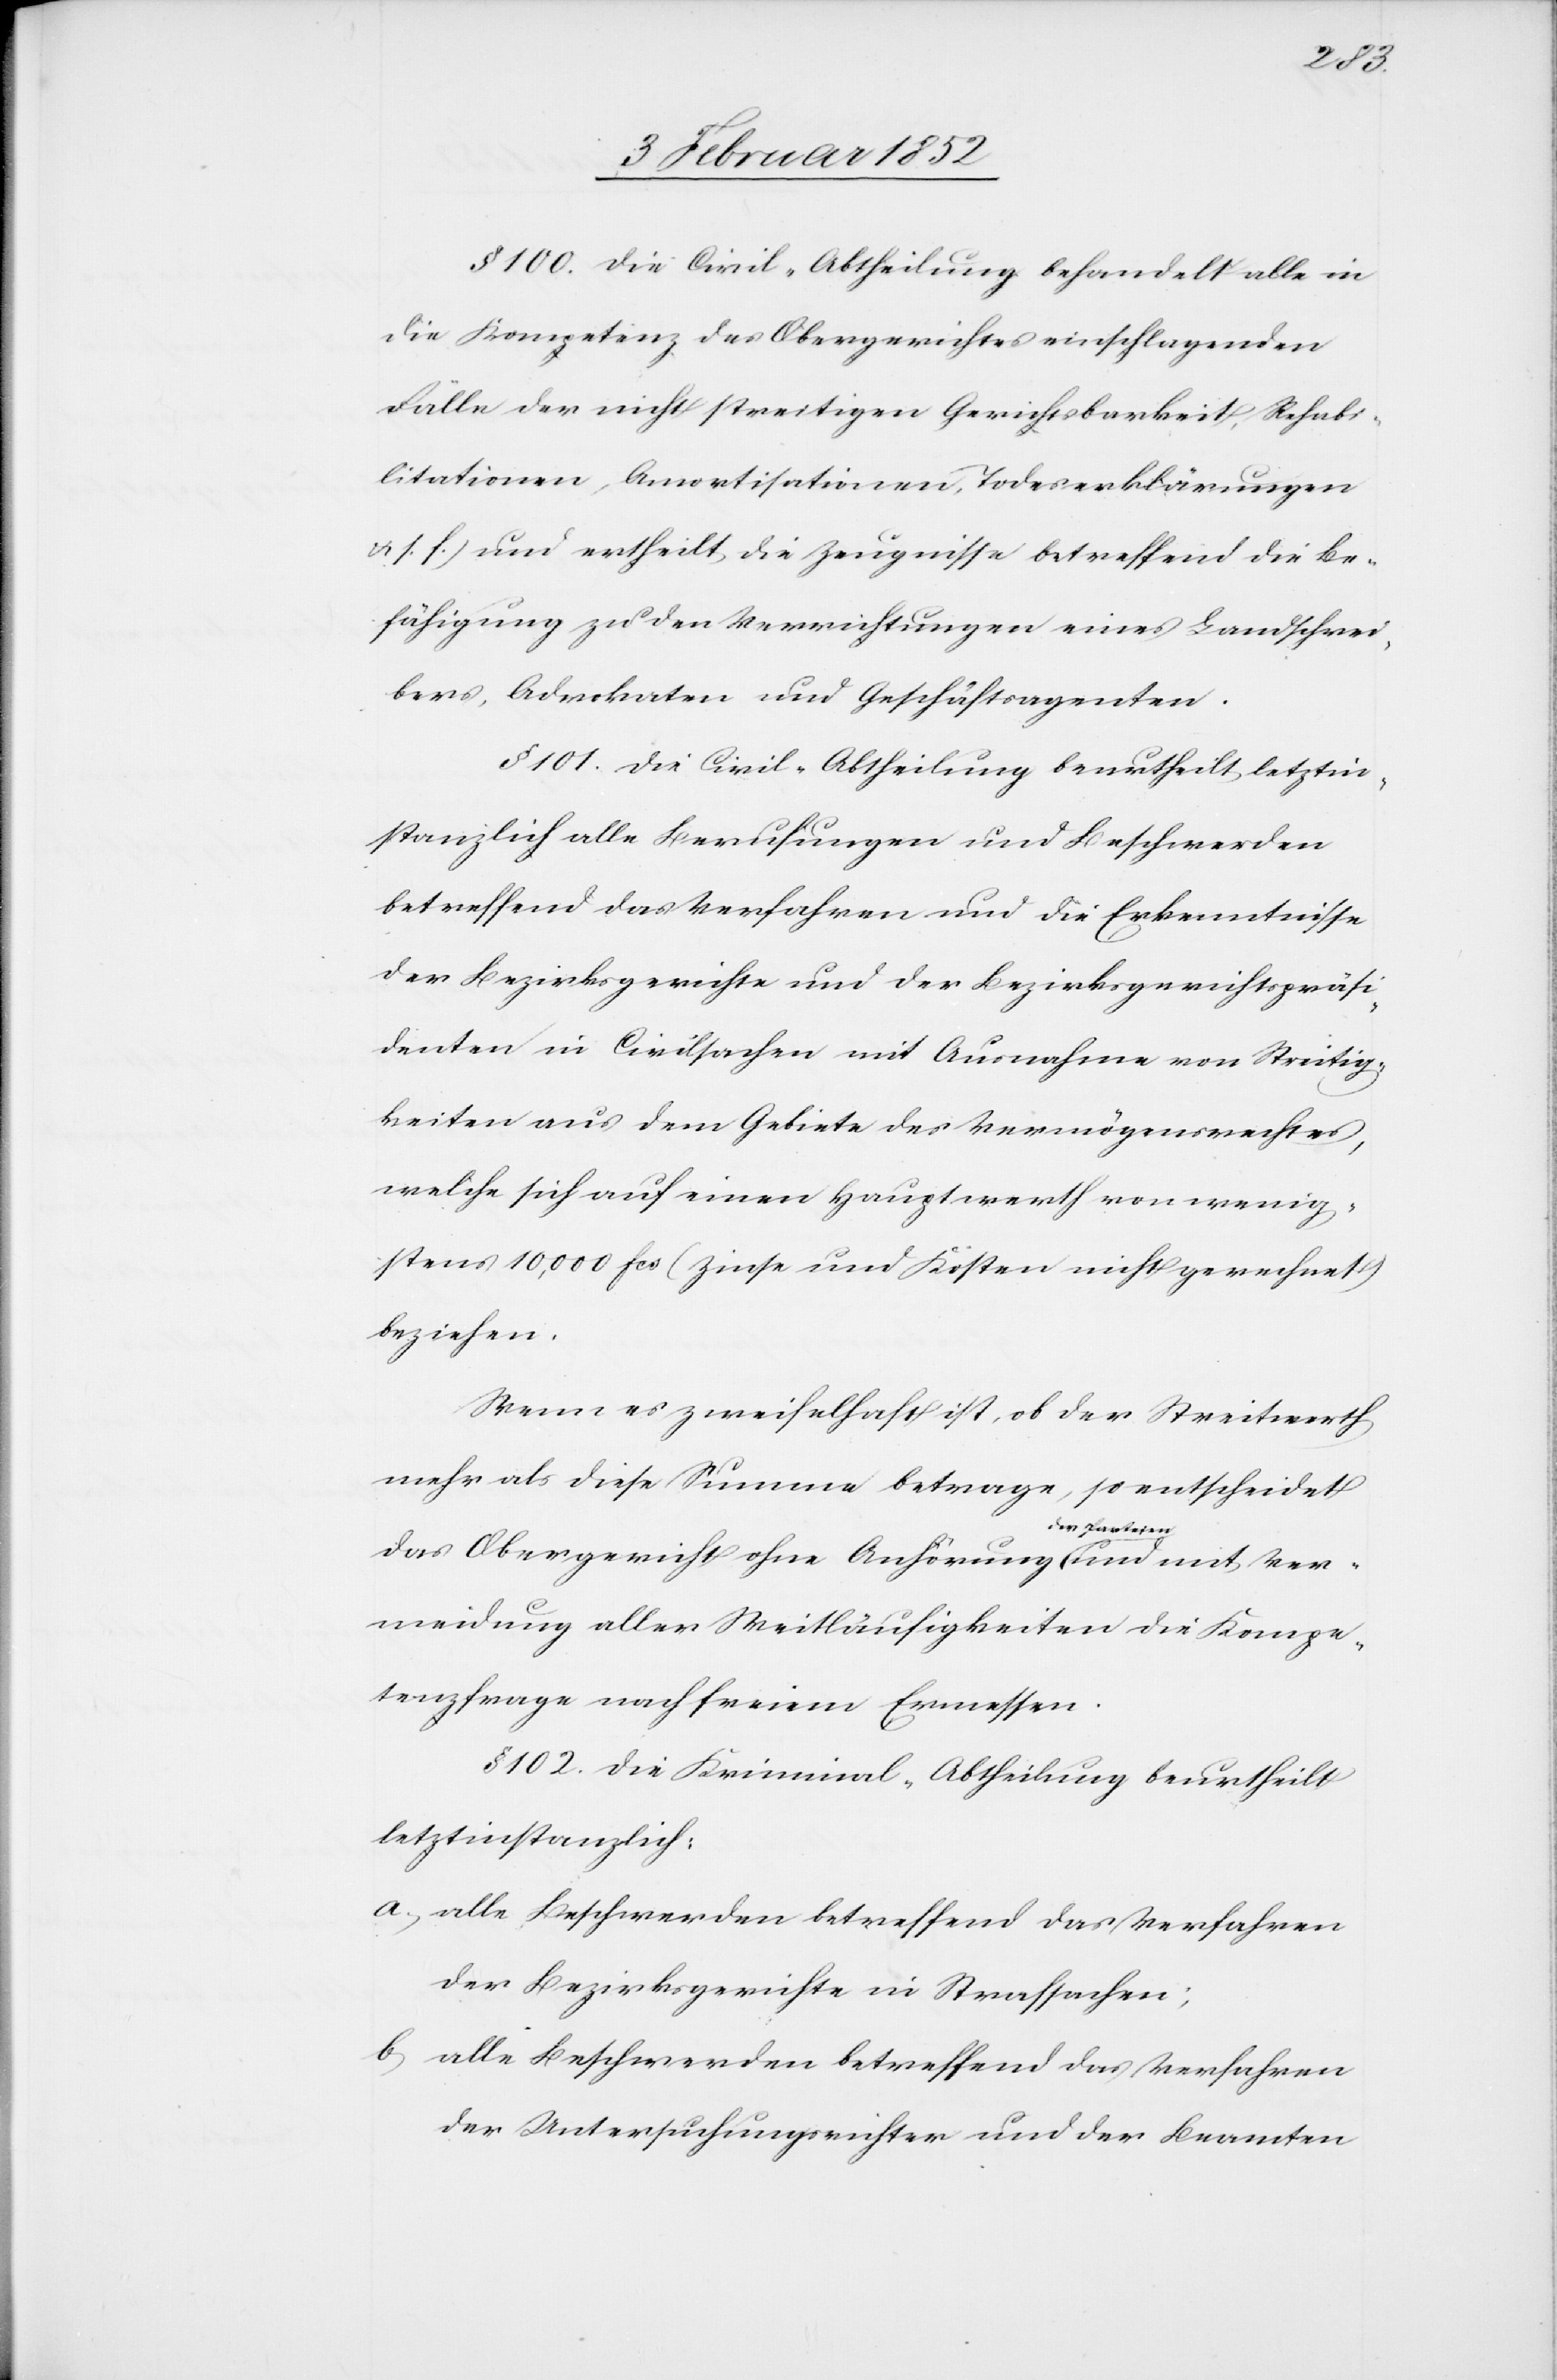
Ver¬
§ 100. Die Civil-Abtheilung behandelt alle in
die Kompetenz des Obergerichtes einschlagenden
Fälle der nicht streitigen Gerichtsbarkeit [(]Rehabi¬
litationen, Amortisationen, Todeserklärungen
u. s. f.) und ertheilt die Zeugnisse betreffend die Be¬
fähigung zu den Verrichtungen eines Landschrei¬
bers, Advokaten und Geschäftstragenden.
§ 101. Die Civil-Abtheilung beurtheilt letztin¬
stanzlich alle Berufungen und Beschwerden
betreffend das Verfahren und die Erkenntnisse
der Bezirksgerichte und der Bezirksgerichtspräsi¬
denten in Civilsachen mit Ausnahme von Streitig¬
keiten aus dem Gebiete des Vermögensrechtes,
welche sich auf einen Hauptwerth von wenig¬
stens 10,000 fcs (Zinse und Kosten nicht gerechnet)
beziehen.
Wenn es zweifelhaft ist, ob der Streitwerth
mehr als diese Summe betrage, so entscheidet
das Obergericht ohne Anhörung der
meidung aller Weitläufigkeiten die Kompe¬
tenzfrage nach seinem Ermessen.
§ 102. Die Kriminal-Abtheilung beurtheilt
letztinstanzlich:
a) alle Beschwerden betreffend das Verfahren
der Bezirksgerichte in Strafsachen;
b) alle Beschwerden betreffend das Verfahren
der Untersuchungsrichter und der Beamten